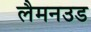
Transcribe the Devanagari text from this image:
लैमनउड